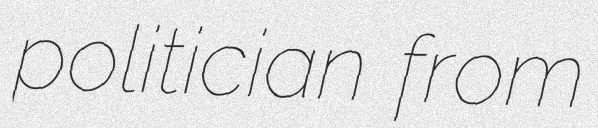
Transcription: politician from